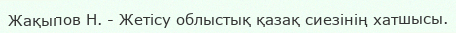
Жақыпов Н. - Жетісу облыстық қазақ сиезінің хатшысы.